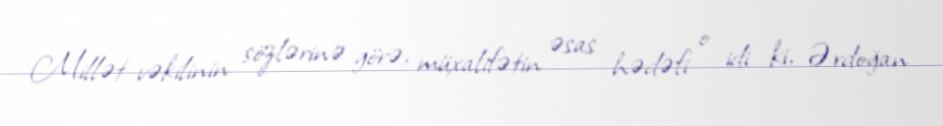
Millət vəkilinin sözlərinə görə, müxalifətin əsas hədəfi o idi ki, Ərdoğan